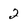
Character: 2